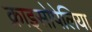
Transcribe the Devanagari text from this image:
क्राइसोपेलिया